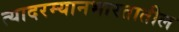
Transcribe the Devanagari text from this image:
त्यादरम्यानभारतातील